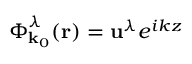
\boldsymbol { \Phi } _ { \mathbf { k } _ { 0 } } ^ { \lambda } ( \mathbf { r } ) = \mathbf { u } ^ { \lambda } e ^ { i k z }